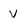
Character: v